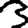
Digit: 3